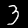
Label: 3